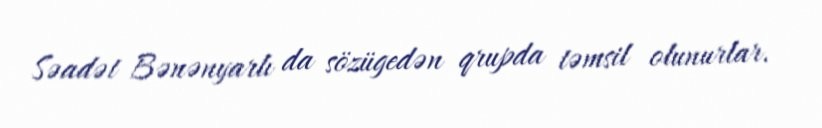
Səadət Bənənyarlı da sözügedən qrupda təmsil olunurlar.